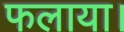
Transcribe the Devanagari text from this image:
फलाया।